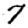
Digit: 7